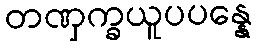
တဏှက္ခယူပပန္နေ